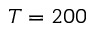
T = 2 0 0